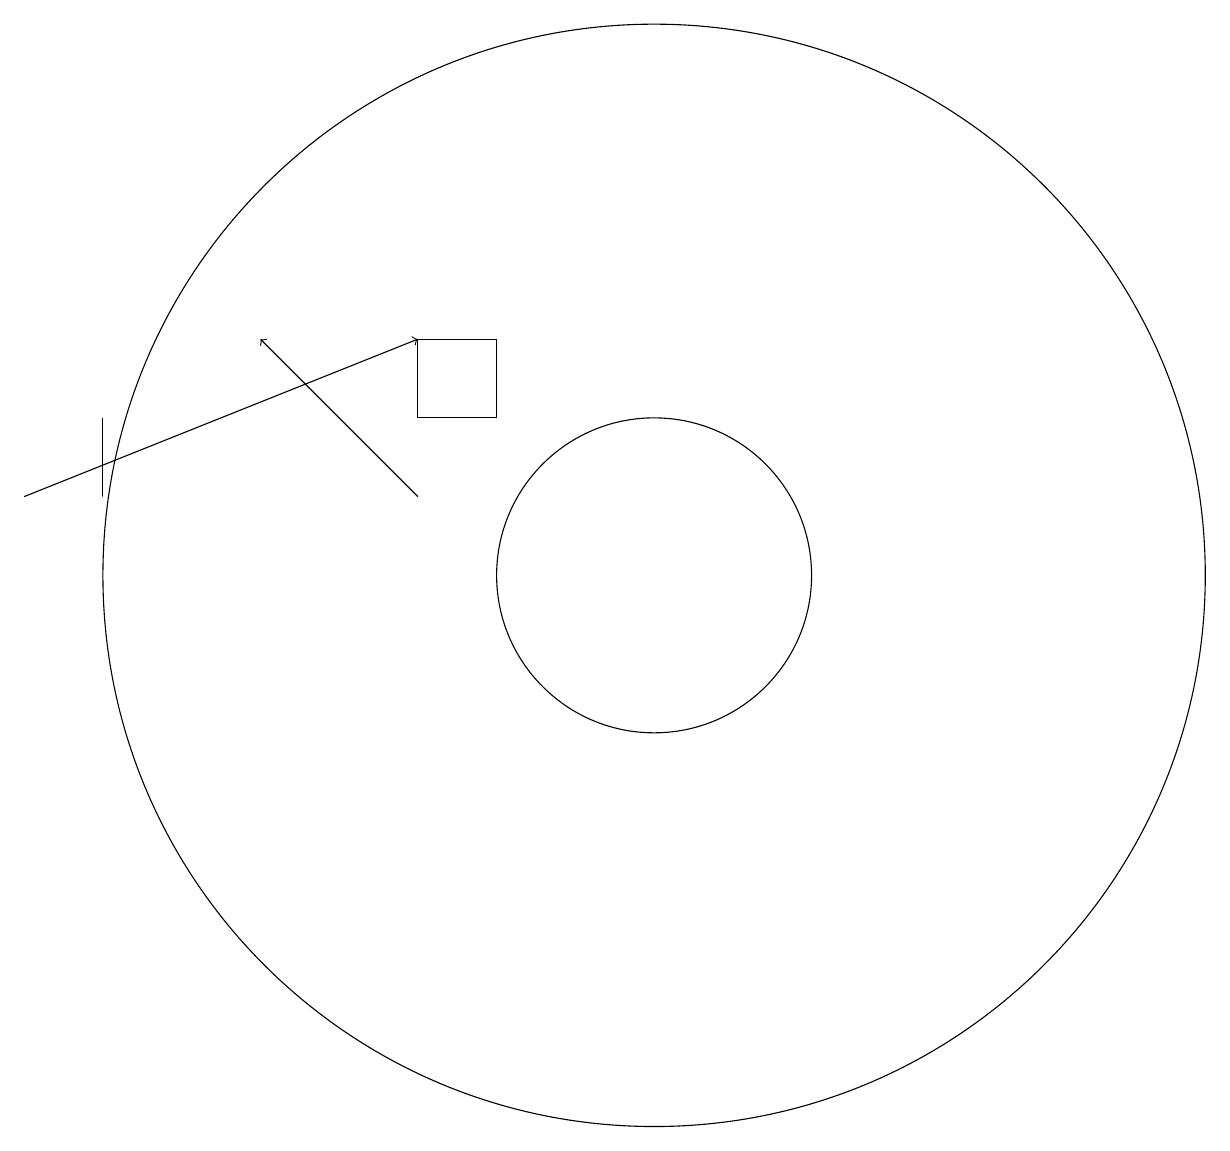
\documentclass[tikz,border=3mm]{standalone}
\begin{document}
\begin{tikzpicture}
\draw (8,14) rectangle (7,13);
\draw (10,11) circle (7);
\draw (3,12) rectangle (3,13);
\draw[->] (7,12) -- (5,14);
\draw (10,11) circle (2);
\draw (11,10) circle (0);
\draw[->] (2,12) -- (7,14);
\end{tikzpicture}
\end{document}